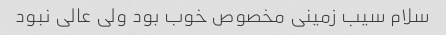
سلام سیب زمینی مخصوص خوب بود ولی عالی نبود